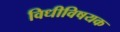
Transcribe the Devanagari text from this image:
विधीविषयक